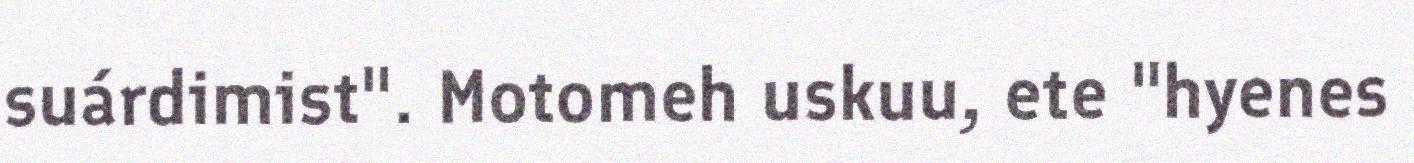
suárdimist". Motomeh uskuu, ete "hyenes